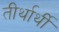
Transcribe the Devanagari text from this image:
तीर्थार्थी